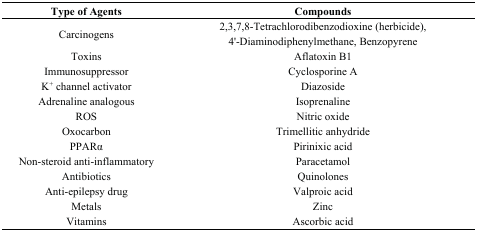
<table><thead><tr><td><b>Type of Agents</b></td><td><b>Compounds</b></td></tr></thead><tbody><tr><td>Carcinogens</td><td>2,3,7,8-Tetrachlorodibenzodioxine (herbicide), 4&#x27;-Diaminodiphenylmethane, Benzopyrene</td></tr><tr><td>Toxins</td><td>Aflatoxin B1</td></tr><tr><td>Immunosuppressor</td><td>Cyclosporine A</td></tr><tr><td>K<sup>+</sup> channel activator</td><td>Diazoside</td></tr><tr><td>Adrenaline analogous</td><td>Isoprenaline</td></tr><tr><td>ROS</td><td>Nitric oxide</td></tr><tr><td>Oxocarbon</td><td>Trimellitic anhydride</td></tr><tr><td>PPARα</td><td>Pirinixic acid</td></tr><tr><td>Non-steroid anti-inflammatory</td><td>Paracetamol</td></tr><tr><td>Antibiotics</td><td>Quinolones</td></tr><tr><td>Anti-epilepsy drug</td><td>Valproic acid</td></tr><tr><td>Metals</td><td>Zinc</td></tr><tr><td>Vitamins</td><td>Ascorbic acid</td></tr></tbody></table>